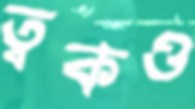
ত্বকও